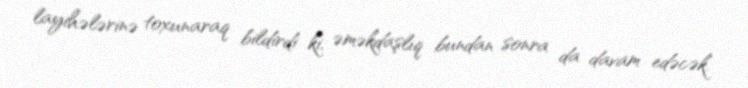
layihələrinə toxunaraq bildirdi ki, əməkdaşlıq bundan sonra da davam edəcək.